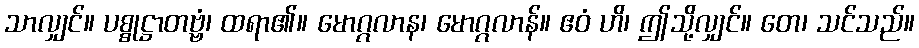
သာလျှင်။ ပစ္စုဋ္ဌာတဗ္ဗံ၊ ထရာ၏။ မောဂ္ဂလာန၊ မောဂ္ဂလာန်။ ဧဝံ ဟိ၊ ဤသို့လျှင်။ တေ၊ သင်သည်။